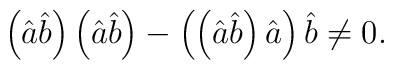
\left ( \hat a \hat b\right ) \left ( \hat a \hat b\right ) - \left ( \left (\hat a \hat b \right ) \hat a \right ) \hat b  \neq 0 .